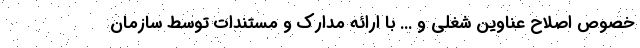
خصوص اصلاح عناوین شغلی و ... با ارائه مدارک و مستندات توسط سازمان